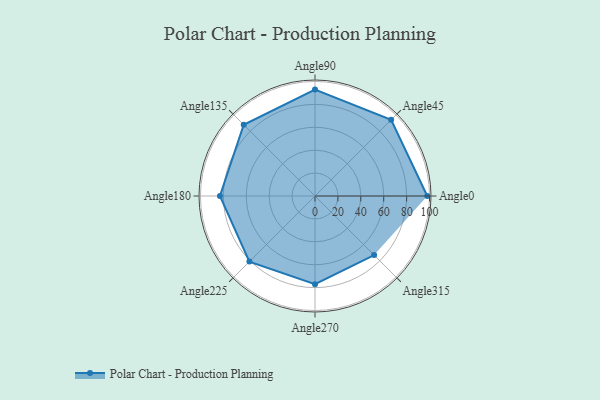
{"axis": {"x": "Angle", "y": "Radius"}, "legend": [""], "data": [{"x": "Angle0", "y": 98.0, "type": ""}, {"x": "Angle45", "y": 94.0, "type": ""}, {"x": "Angle90", "y": 93.0, "type": ""}, {"x": "Angle135", "y": 88.0, "type": ""}, {"x": "Angle180", "y": 83.0, "type": ""}, {"x": "Angle225", "y": 81.0, "type": ""}, {"x": "Angle270", "y": 77.0, "type": ""}, {"x": "Angle315", "y": 73.0, "type": ""}]}